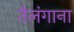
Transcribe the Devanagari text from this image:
तैलंगाना